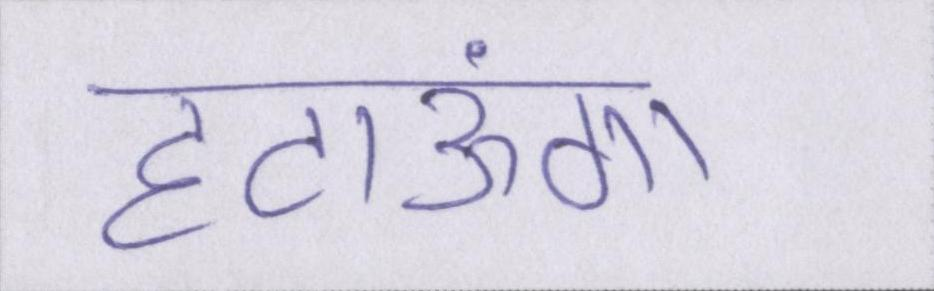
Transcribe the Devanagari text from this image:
हटाऊंगा